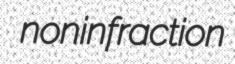
noninfraction